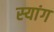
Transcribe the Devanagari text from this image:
स्‍यांग